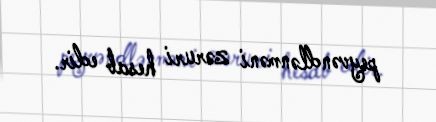
peyvəndlənməni zəruri hesab edir.